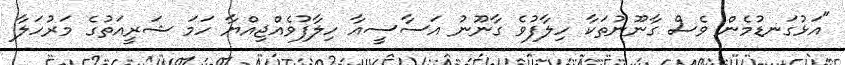
"އަޅުގަނޑުމެން ވެސް ގާނޫނުތަކާ ހިލާފުވެ ގާނޫނު އަސާސީއާ ހިލާފުވެއްޖިއްޔާ ހަމަ ޝަރީީއަތުގެ މަރުހަލާ